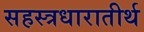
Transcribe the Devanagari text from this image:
सहस्त्रधारातीर्थ